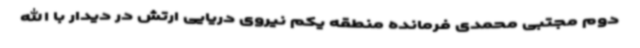
دوم مجتبی محمدی فرمانده منطقه یکم نیروی دریایی ارتش در دیدار با الله